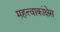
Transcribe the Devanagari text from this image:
महत्त्वाकांक्षेस